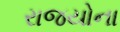
રાજયોના